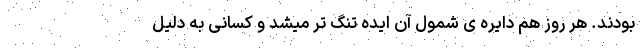
بودند. هر روز هم دایره ی شمول آن ایده تنگ تر میشد و کسانی به دلیل